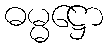
ဓမ္မဋ္ဌော